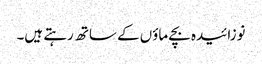
نوزائیدہ بچے ماؤں کے ساتھ رہتے ہیں۔